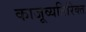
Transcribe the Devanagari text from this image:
काजूव्यतिरिक्त